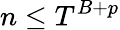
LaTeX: n\leq T^{B+p}